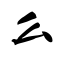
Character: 么